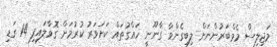
މަޖިލިސް މެމްބަރުންނަށް ލިބިގެންވާ ގާނޫނީ ހައްގުތައް ކަށަވަރު ކުރުމަށް ގޮވާލައިފި 14 ގަޑި